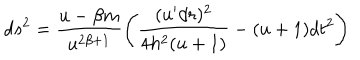
LaTeX: d s ^ { 2 } = \frac { u - \beta m } { u ^ { 2 \beta + 1 } } \left( \frac { ( u ^ { \prime } d r ) ^ { 2 } } { 4 h ^ { 2 } ( u + 1 ) } - ( u + 1 ) d t ^ { 2 } \right)